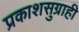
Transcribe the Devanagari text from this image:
प्रकाशसुग्राही